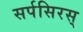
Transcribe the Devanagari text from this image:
सर्पसिरस्